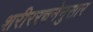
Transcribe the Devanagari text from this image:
शरीररचनेनुसार